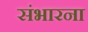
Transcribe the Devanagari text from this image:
संभारना